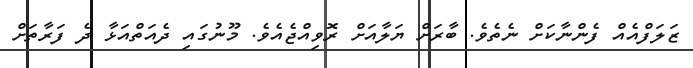
ޒަލަފްއެއް ފެންނާކަށް ނެތެވެ. ބާރަށް ޔަލާއަށް ރޮވިއްޖެއެވެ. މޫނުގައި ދެއަތްއަޅާ ދެ ފަރާތަށް